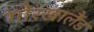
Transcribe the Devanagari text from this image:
गोरखालैंड